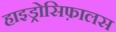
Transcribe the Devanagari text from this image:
हाइड्रोसिफ़ालस